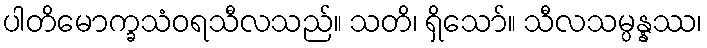
ပါတိမောက္ခသံဝရသီလသည်။ သတိ၊ ရှိသော်။ သီလသမ္ပန္နဿ၊